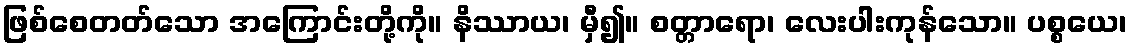
ဖြစ်စေတတ်သော အကြောင်းတို့ကို။ နိဿာယ၊ မှီ၍။ စတ္တာရော၊ လေးပါးကုန်သော။ ပစ္စယေ၊